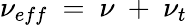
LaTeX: \nu_{eff}~=~\nu~+~\nu_{t}